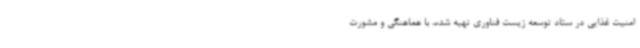
امنیت غذایی در ستاد توسعه زیست فناوری تهیه شده، با هماهنگی و مشورت